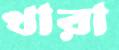
খারা